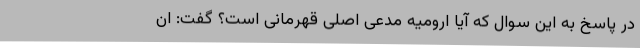
در پاسخ به این سوال که آیا ارومیه مدعی اصلی قهرمانی است؟ گفت: ان‌